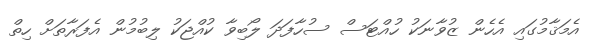
އެމަޤާމުގައި އެހެން ޒުވާނަކު ހުއްޓަސް ސުހާފަދަ ލޯބިވާ ކުއްޖަކު ލިބުމުން އެފަރާތަށް ހިތް